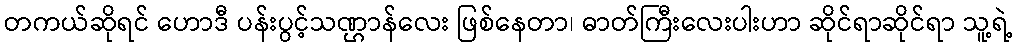
တကယ်ဆိုရင် ဟောဒီ ပန်းပွင့်သဏ္ဌာန်လေး ဖြစ်နေတာ၊ ဓာတ်ကြီးလေးပါးဟာ ဆိုင်ရာဆိုင်ရာ သူ့ရဲ့